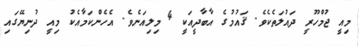
މިއީ ޖުމްހޫރީ ދައުލަތެކެވެ. ޤައުމުގެ އާބާދީއަކީ 4 މިލިއަނެވެ. އެހެންކަމާއެކު މިއީ ދުނިޔޭގައި